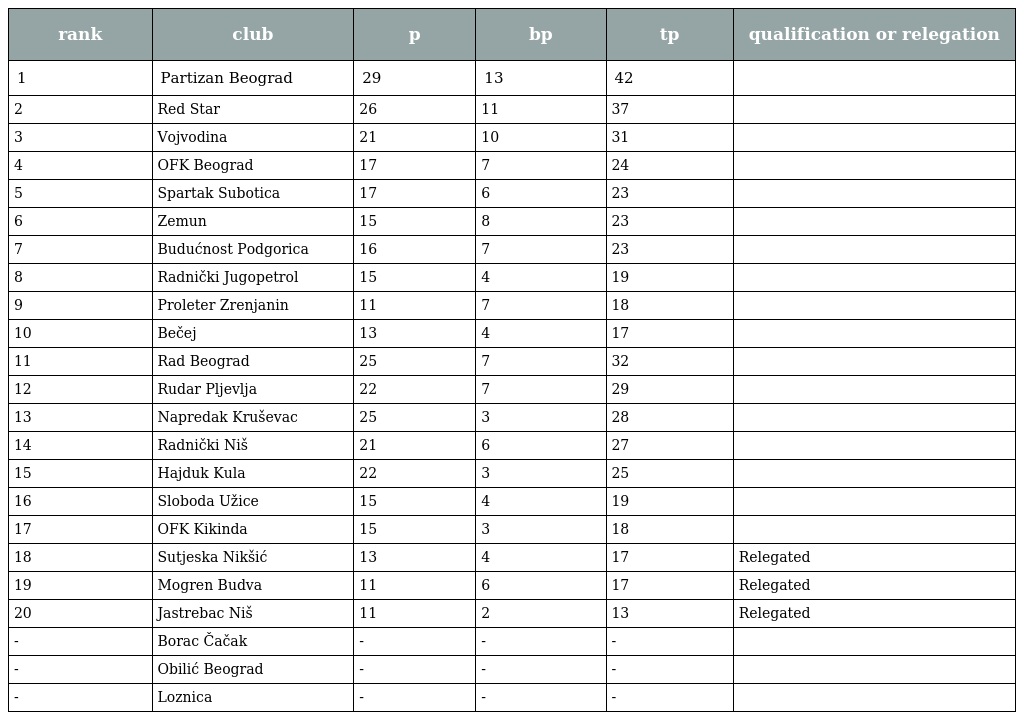
| rank | club | p | bp | tp | qualification or relegation |
 | --- | --- | --- | --- | --- | --- |
 | 1 | Partizan Beograd | 29 | 13 | 42 |  |
 | 2 | Red Star | 26 | 11 | 37 |  |
 | 3 | Vojvodina | 21 | 10 | 31 |  |
 | 4 | OFK Beograd | 17 | 7 | 24 |  |
 | 5 | Spartak Subotica | 17 | 6 | 23 |  |
 | 6 | Zemun | 15 | 8 | 23 |  |
 | 7 | Budućnost Podgorica | 16 | 7 | 23 |  |
 | 8 | Radnički Jugopetrol | 15 | 4 | 19 |  |
 | 9 | Proleter Zrenjanin | 11 | 7 | 18 |  |
 | 10 | Bečej | 13 | 4 | 17 |  |
 | 11 | Rad Beograd | 25 | 7 | 32 |  |
 | 12 | Rudar Pljevlja | 22 | 7 | 29 |  |
 | 13 | Napredak Kruševac | 25 | 3 | 28 |  |
 | 14 | Radnički Niš | 21 | 6 | 27 |  |
 | 15 | Hajduk Kula | 22 | 3 | 25 |  |
 | 16 | Sloboda Užice | 15 | 4 | 19 |  |
 | 17 | OFK Kikinda | 15 | 3 | 18 |  |
 | 18 | Sutjeska Nikšić | 13 | 4 | 17 | Relegated |
 | 19 | Mogren Budva | 11 | 6 | 17 | Relegated |
 | 20 | Jastrebac Niš | 11 | 2 | 13 | Relegated |
 | - | Borac Čačak | - | - | - |  |
 | - | Obilić Beograd | - | - | - |  |
 | - | Loznica | - | - | - |  |